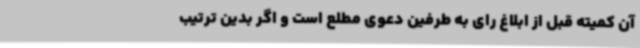
آن کمیته قبل از ابلاغ رای به طرفین دعوی مطلع است و اگر بدین ترتیب